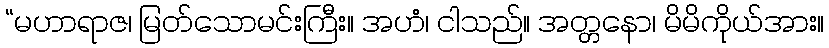
“မဟာရာဇ၊ မြတ်သောမင်းကြီး။ အဟံ၊ ငါသည်။ အတ္တနော၊ မိမိကိုယ်အား။